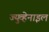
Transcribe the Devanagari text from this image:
ज्युव्हेनाइल